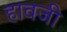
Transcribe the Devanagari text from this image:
हावजी